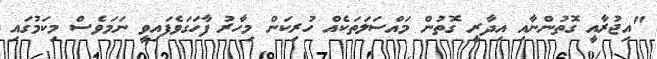
"އިޖުރާއީ ގޮތުންނާއި އިދާރީ ގޮތުން މައްސަލަތަކެއް ހުރިކަން މިހާރު ފާހަގަވެފައިވީ ނަމަވެސް މިކަމުގައި